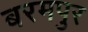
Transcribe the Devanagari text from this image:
बरमपुर